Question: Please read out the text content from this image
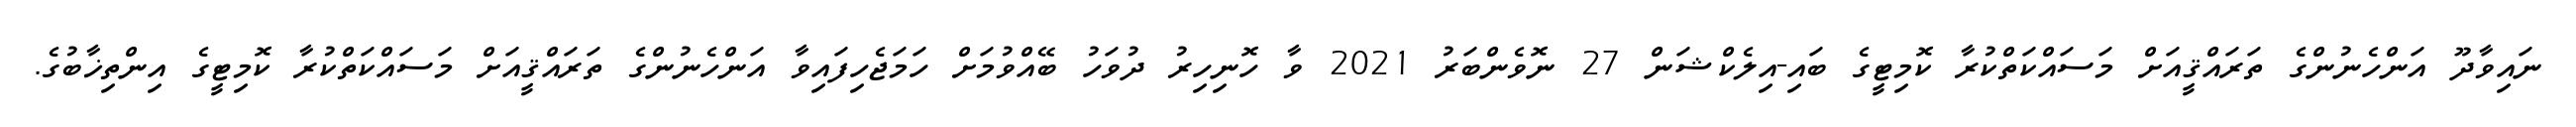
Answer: ނައިވާދޫ އަންހެނުންގެ ތަރައްޤީއަށް މަސައްކަތްކުރާ ކޮމިޓީގެ ބައި-އިލެކްޝަން 27 ނޮވެންބަރު 2021 ވާ ހޮނިހިރު ދުވަހު ބޭއްވުމަށް ހަމަޖެހިފައިވާ އަންހެނުންގެ ތަރައްޤީއަށް މަސައްކަތްކުރާ ކޮމިޓީގެ އިންތިޚާބުގެ.